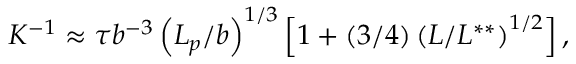
K ^ { - 1 } \approx \tau b ^ { - 3 } \left( { L _ { p } } / b \right) ^ { 1 / 3 } \left[ 1 + ( 3 / 4 ) \left( L / { L ^ { * * } } \right) ^ { 1 / 2 } \right] ,